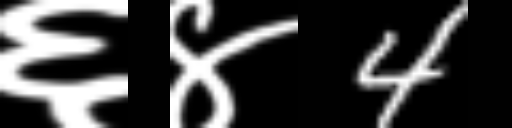
Text: ६४4